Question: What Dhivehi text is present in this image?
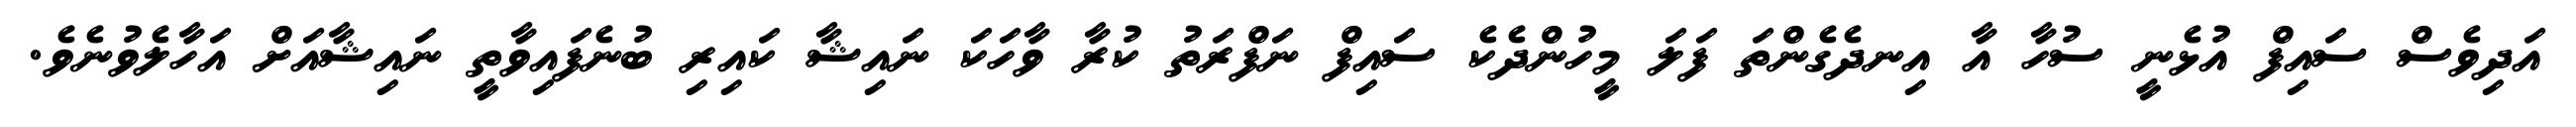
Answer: އަދިވެސް ސައިފް އުޅެނީ ސުހާ އާ އިނދެގެންތަ ފަލަ މީހުންދެކެ ސައިފް ނަފްރަތު ކުރާ ވާހަކަ ނައިޝާ ކައިރި ބުނެފައިވާތީ ނައިޝާއަށް އަހާލެވުނެވެ.